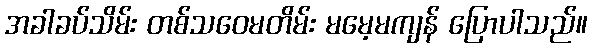
အခါခပ်သိမ်း တစ်သဝေမတိမ်း မမေ့မကျန် ပြောပါသည်။